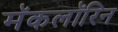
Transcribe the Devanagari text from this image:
मॅकलॉरिन